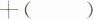
+()$$